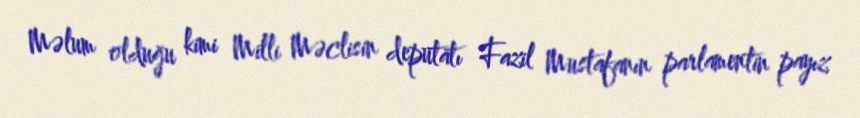
Məlum olduğu kimi Milli Məclisin deputatı Fazil Mustafanın parlamentin payız